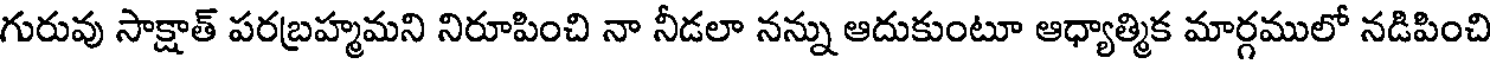
గురువు సాక్షాత్ పరబ్రహ్మమని నిరూపించి నా నీడలా నన్ను ఆదుకుంటూ ఆధ్యాత్మిక మార్గములో నడిపించి